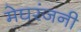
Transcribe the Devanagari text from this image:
मेघरंजनी